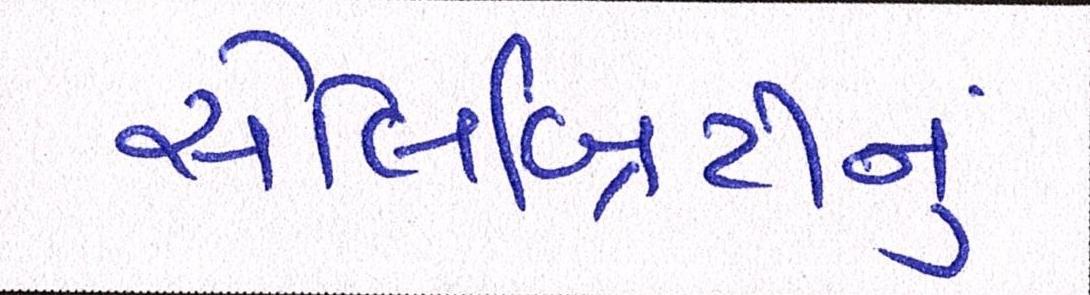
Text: સેલિબ્રિટીનું